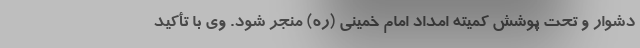
دشوار و تحت پوشش کمیته امداد امام خمینی (ره) منجر شود. وی با تأکید